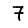
Digit: 7